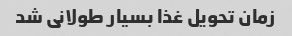
زمان تحویل غذا بسیار طولانی شد